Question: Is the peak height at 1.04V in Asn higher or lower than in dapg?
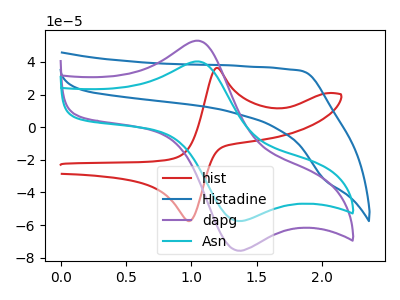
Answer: <think>The red curve "hist" has an anodic peak at (1.20V, 36.40uA) and a cathodic peak at (0.95V, -57.50uA). The blue curve "Histadine" has no peaks. The purple curve "dapg" has an anodic peak at (1.05V, 53.10uA) and a cathodic peak at (1.35V, -75.20uA). The cyan curve "Asn" has an anodic peak at (1.05V, 40.35uA) and a cathodic peak at (1.35V, -57.15uA).</think>
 <answer>The peak at 1.04V is lower in "Asn" than in "dapg".</answer>
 <eval>lower</eval>